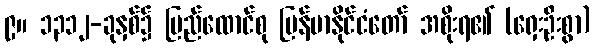
၉။ ၁၃၁၂-ခုနှစ်၌ ပြည်ထောင်စု မြန်မာနိုင်ငံတော် အစိုးရ၏ (ရှေးဦးစွာ)